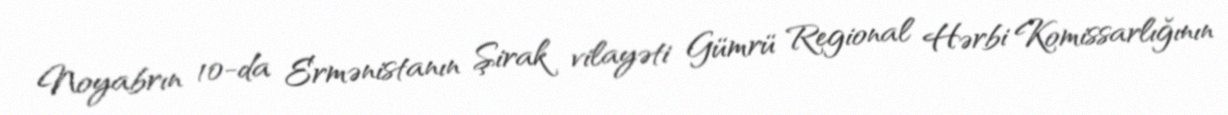
Noyabrın 10-da Ermənistanın Şirak vilayəti Gümrü Regional Hərbi Komissarlığının